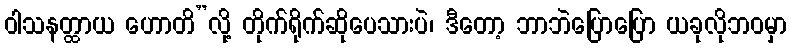
ဝါသနတ္ထာယ ဟောတိ”လို့ တိုက်ရိုက်ဆိုပေသားပဲ၊ ဒီတော့ ဘာဘဲပြောပြော ယခုလိုဘဝမှာ